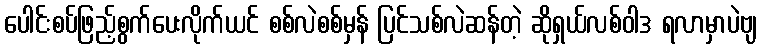
ပေါင်းစပ်ဖြည့်စွက်ပေးလိုက်ယင် စစ်လဲစစ်မှန် ပြင်သစ်လဲဆန်တဲ့ ဆိုရှယ်လစ်ဝါဒ ရလာမှာပဲဗျ